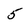
Character: 5